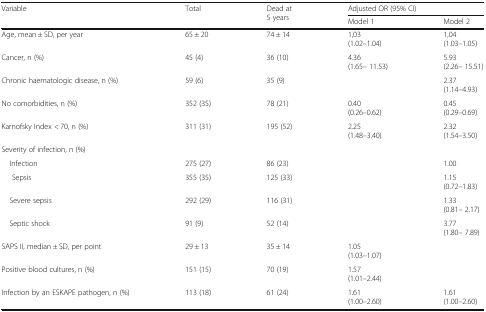
<table><thead><tr><td rowspan="2"><b>Variable</b></td><td rowspan="2"><b>Total</b></td><td rowspan="2"><b>Dead at 5 years</b></td><td colspan="2"><b>Adjusted OR (95% CI)</b></td></tr><tr><td><b>Model 1</b></td><td><b>Model 2</b></td></tr></thead><tbody><tr><td>Age, mean ± SD, per year</td><td>65 ± 20</td><td>74 ± 14</td><td>1,03(1.02–1.04)</td><td>1,04(1.03–1.05)</td></tr><tr><td>Cancer, n (%)</td><td>45 (4)</td><td>36 (10)</td><td>4.36(1.65– 11.53)</td><td>5.93(2.26– 15.51)</td></tr><tr><td>Chronic haematologic disease, n (%)</td><td>59 (6)</td><td>35 (9)</td><td></td><td>2.37(1.14–4.93)</td></tr><tr><td>No comorbidities, n (%)</td><td>352 (35)</td><td>78 (21)</td><td>0.40(0.26–0.62)</td><td>0.45(0.29–0.69)</td></tr><tr><td>Karnofsky Index &lt; 70, n (%)</td><td>311 (31)</td><td>195 (52)</td><td>2.25(1.48–3.40)</td><td>2.32(1.54–3.50)</td></tr><tr><td colspan="5">Severity of infection, n (%)</td></tr><tr><td> Infection</td><td>275 (27)</td><td>86 (23)</td><td></td><td>1.00</td></tr><tr><td>Sepsis</td><td>355 (35)</td><td>125 (33)</td><td></td><td>1.15(0.72–1.83)</td></tr><tr><td> Severe sepsis</td><td>292 (29)</td><td>116 (31)</td><td></td><td>1.33(0.81– 2.17)</td></tr><tr><td> Septic shock</td><td>91 (9)</td><td>52 (14)</td><td></td><td>3.77(1.80– 7.89)</td></tr><tr><td>SAPS II, median ± SD, per point</td><td>29 ± 13</td><td>35 ± 14</td><td>1.05(1.03–1.07)</td><td></td></tr><tr><td>Positive blood cultures, n (%)</td><td>151 (15)</td><td>70 (19)</td><td>1.57(1.01–2.44)</td><td></td></tr><tr><td>Infection by an ESKAPE pathogen, n (%)</td><td>113 (18)</td><td>61 (24)</td><td>1.61(1.00–2.60)</td><td>1.61(1.00–2.60)</td></tr></tbody></table>